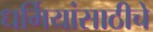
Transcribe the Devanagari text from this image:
धर्मियांसाठीचे